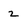
Character: 2